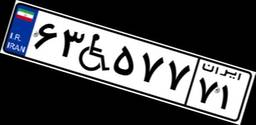
۶۸W۰۱۷۳۱